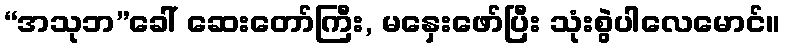
“အသုဘ”ခေါ် ဆေးတော်ကြီး, မနှေးဖော်ပြီး သုံးစွဲပါလေမောင်။